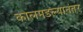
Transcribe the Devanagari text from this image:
कोलमडल्यानंतर